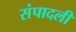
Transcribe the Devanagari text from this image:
संपादली